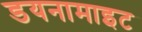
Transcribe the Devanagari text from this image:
डयनामाइट